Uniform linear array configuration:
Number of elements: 8
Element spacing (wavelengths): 0.5
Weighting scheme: kaiser
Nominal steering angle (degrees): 45
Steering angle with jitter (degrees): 43.166
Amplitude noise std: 0.05
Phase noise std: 0.05

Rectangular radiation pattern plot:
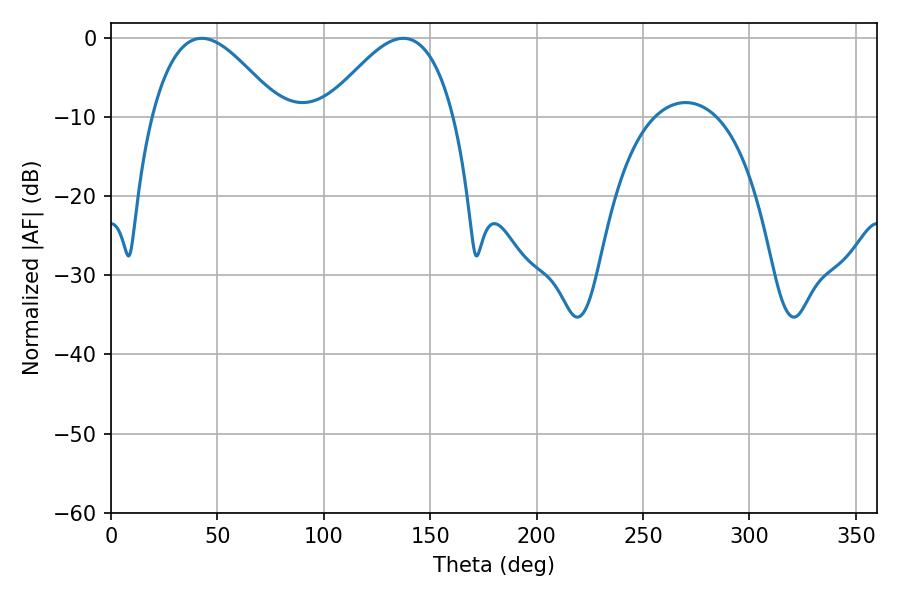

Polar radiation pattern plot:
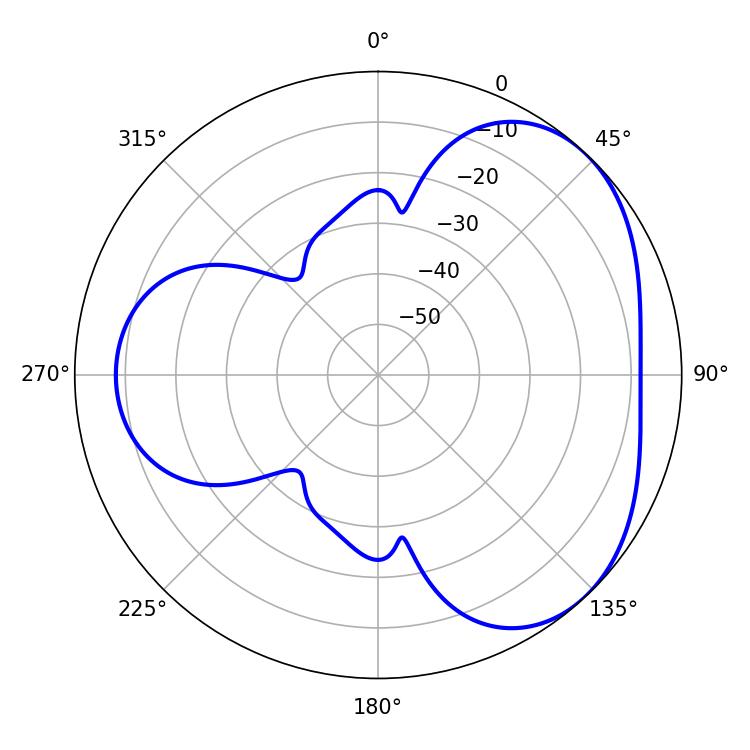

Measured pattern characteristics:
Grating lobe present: FALSE
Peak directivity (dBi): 3.857
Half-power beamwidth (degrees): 32.58
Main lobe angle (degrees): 42.66